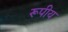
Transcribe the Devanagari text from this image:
रूपीय